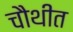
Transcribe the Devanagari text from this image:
चौथीत